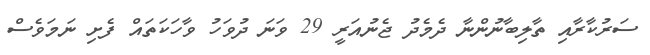
ސަރުކާރާއި ތާލިބާނުންނާ ދެމެދު ޖެނުއަރީ 29 ވަނަ ދުވަހު ވާހަކަތައް ފެށި ނަމަވެސް